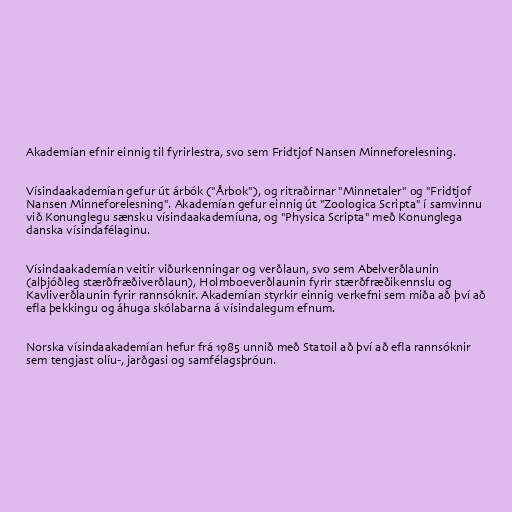
Akademían efnir einnig til fyrirlestra, svo sem Fridtjof Nansen Minneforelesning.

Vísindaakademían gefur út árbók ("Årbok"), og ritraðirnar "Minnetaler" og "Fridtjof
Nansen Minneforelesning". Akademían gefur einnig út "Zoologica Scripta" í samvinnu
við Konunglegu sænsku vísindaakademíuna, og "Physica Scripta" með Konunglega
danska vísindafélaginu.

Vísindaakademían veitir viðurkenningar og verðlaun, svo sem Abelverðlaunin
(alþjóðleg stærðfræðiverðlaun), Holmboeverðlaunin fyrir stærðfræðikennslu og
Kavliverðlaunin fyrir rannsóknir. Akademían styrkir einnig verkefni sem miða að því að
efla þekkingu og áhuga skólabarna á vísindalegum efnum.

Norska vísindaakademían hefur frá 1985 unnið með Statoil að því að efla rannsóknir
sem tengjast olíu-, jarðgasi og samfélagsþróun.